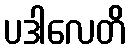
ပဒါလေတိ